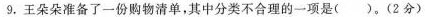
9.王朵朵准备了一份购物清单，其中分类不合理的一项是( )。(2分)